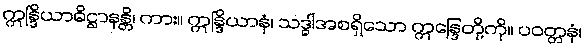
ဣန္ဒြိယာဓိဋ္ဌာနန္တိ၊ ကား။ ဣန္ဒြိယာနံ၊ သဒ္ဓါအစရှိသော ဣန္ဒြေတို့ကို။ ပဝတ္တနံ၊